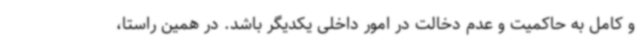
و کامل به حاکمیت و عدم دخالت در امور داخلی یکدیگر باشد. در همین راستا،